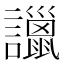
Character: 𧭞